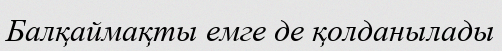
Балқаймақты емге де қолданылады